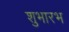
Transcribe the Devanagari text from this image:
शुभारभ